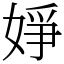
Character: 婙